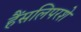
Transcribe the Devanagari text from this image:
हैंसलिपरशे